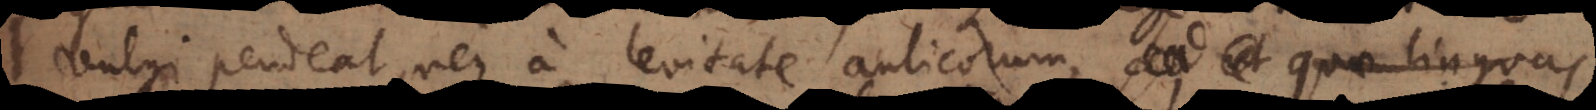
vulgi pendeat, neque a levitate aulicorum, sed ut quae linguas